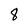
Character: 8